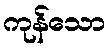
ကုန်သော